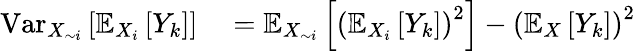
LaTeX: \begin{array}{rl}{\operatorname{Var}_{X_{\sim i}}\left[\mathbb{E}_{X_{i}}\left[Y_{k}\right]\right]}&{{}=\mathbb{E}_{X_{\sim i}}\left[\left(\mathbb{E}_{X_{i}}\left[Y_{k}\right]\right)^{2}\right]-\left(\mathbb{E}_{X}\left[Y_{k}\right]\right)^{2}}\end{array}